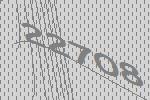
22708